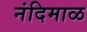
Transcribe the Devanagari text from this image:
नंदिमाळ